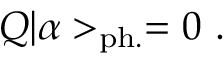
Q | \alpha > _ { \mathrm { p h . } } = 0 ~ .